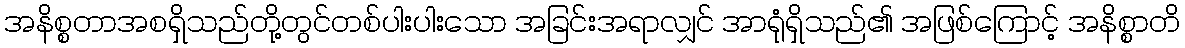
အနိစ္စတာအစရှိသည်တို့တွင်တစ်ပါးပါးသော အခြင်းအရာလျှင် အာရုံရှိသည်၏ အဖြစ်ကြောင့် အနိစ္စာတိ